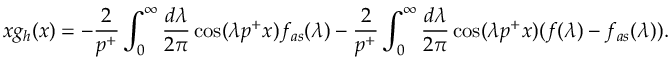
x g _ { h } ( x ) = - \frac { 2 } { p ^ { + } } \int _ { 0 } ^ { \infty } \frac { d \lambda } { 2 \pi } \cos ( \lambda p ^ { + } x ) f _ { a s } ( \lambda ) - \frac { 2 } { p ^ { + } } \int _ { 0 } ^ { \infty } \frac { d \lambda } { 2 \pi } \cos ( \lambda p ^ { + } x ) ( f ( \lambda ) - f _ { a s } ( \lambda ) ) .